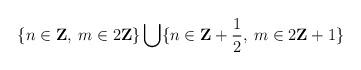
LaTeX: \begin{align*}\{n\in \mathbf{Z},\: m\in 2\mathbf{Z}\}\bigcup \{n\in \mathbf{Z}+\frac{1}{2},\: m\in 2\mathbf{Z}+1\}\end{align*}